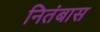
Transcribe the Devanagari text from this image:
नितंबास